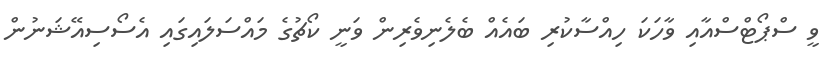
ވީ ސްޕޯޓްސްއާއި ވާހަކަ ހިއްސާކުރި ބައެއް ބެލެނިވެރިން ވަނީ ކޯޗުގެ މައްސަލައިގައި އެސޯސިއޭޝަނުން